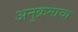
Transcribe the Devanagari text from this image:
अनुक्रमाचा